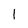
Character: 1